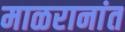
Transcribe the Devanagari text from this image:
माळरानांत